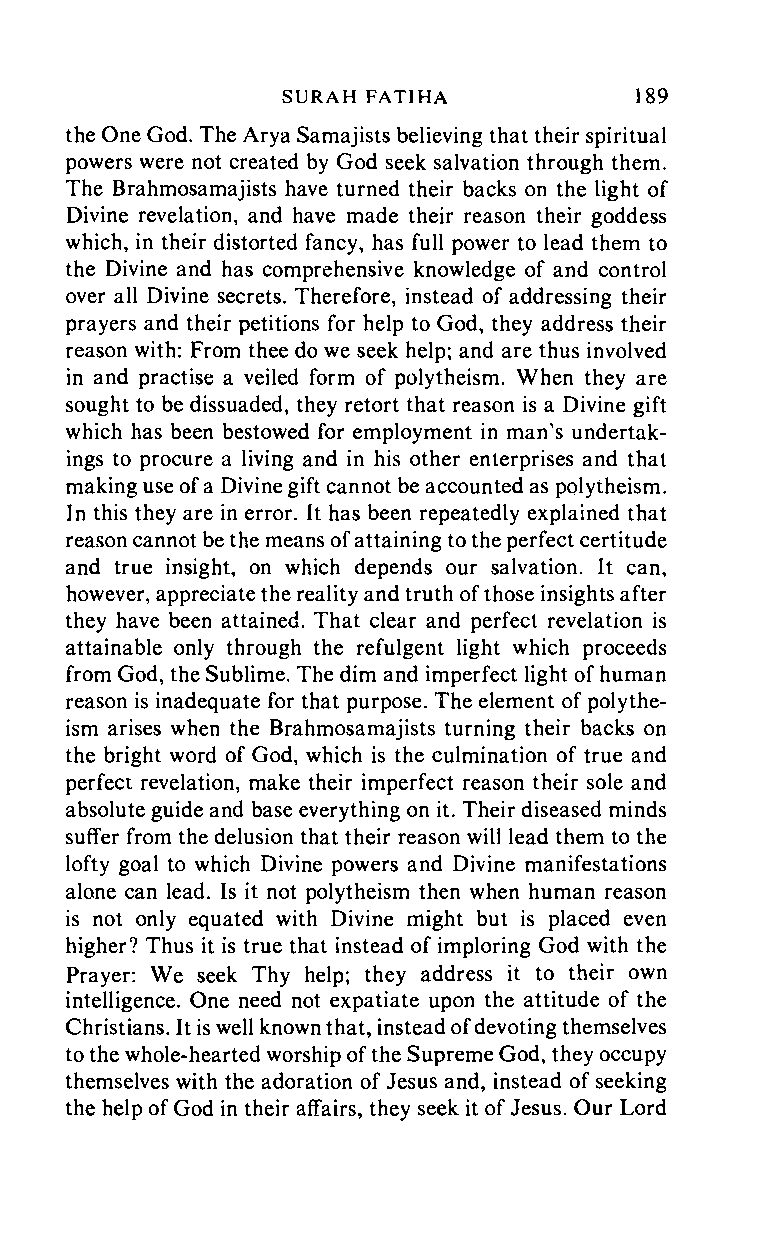
SURAH      FATIHA     189
 the One God. The Arya Samajists believing that their spiritual
 powers were not created by God seek salvation through them.
 The Brahmosamajists have turned their backs on the light of
 Divine revelation, and have made their reason their goddess
 which, in their distorted fancy, has full power to lead them to
 the Divine and has comprehensive knowledge of and control
 over all Divine secrets. Therefore, instead of addressing their
 prayers and their petitions for help to God, they address their
 reason with: From thee do we seek help; and are thus involved
 in and practise a veiled form of polytheism. When they are
 sought to be dissuaded, they retort that reason is a Divine gift
 which has been bestowed for employment in man's undertak
 ings to procure a living and in his other enterprises and that
 making use of a Divine gift cannot be accounted as polytheism.
 In this they are in error. It has been repeatedly explained that
 reason cannot be the means of attaining to the perfect certitude
 and true insight, on which depends our salvation. It can,
 however, appreciate the reality and truth of those insights after
 they have been attained. That clear and perfect revelation is
 attainable only through the refulgent light which proceeds
 from God, the Sublime. The dim and imperfect light of human
 reason is inadequate for that purpose. The element of polythe
 ism arises when the Brahmosamajists turning their backs on
 the bright word of God, which is the culmination of true and
 perfect revelation, make their imperfect reason their sole and
 absolute guide and base everything on it. Their diseased minds
 suffer from the delusion that their reason will lead them to the
 lofty goal to which Divine powers and Divine manifestations
 alone can lead. Is it not polytheism then when human reason
 is not only equated with Divine might but is placed even
 higher? Thus it is true that instead of imploring God with the
 Prayer: We seek Thy help; they address it to their own
 intelligence. One need not expatiate upon the attitude of the
 Christians. It is well known that, instead of devoting themselves
 to the whole-hearted worship of the Supreme God, they occupy
 themselves with the adoration of Jesus and, instead of seeking
 the help of God in their affairs, they seek it of Jesus. Our Lord